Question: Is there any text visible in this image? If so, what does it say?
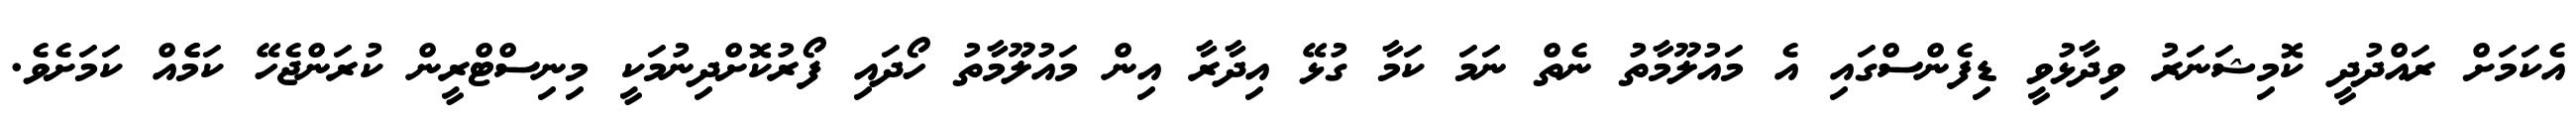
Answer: އެކަމަށް ރައްދުދީ ކޮމިޝަނަރު ވިދާޅުވީ ޑިފެންސްގައި އެ މައުލޫމާތު ނެތް ނަމަ ކަމާ ގުޅޭ އިދާރާ އިން މައުލޫމާތު ހޯދައި ފޯރުކޮށްދިނުމަކީ މިނިސްޓްރީން ކުރަންޖެހޭ ކަމެެއް ކަމަށެވެ.